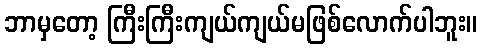
ဘာမှတော့ ကြီးကြီးကျယ်ကျယ်မဖြစ်လောက်ပါဘူး။